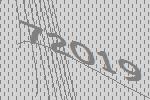
72019